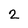
Character: 2